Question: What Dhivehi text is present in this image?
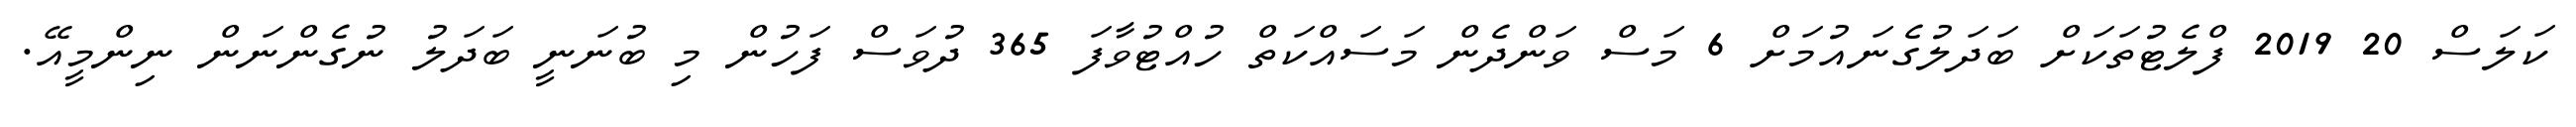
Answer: ކަލަސް 20 2019 ފްލެޓުތަކަށް ބަދަލުގެނައުމަށް 6 މަސް ވަންދެން މަސައްކަތް ހުއްޓުވާފަ 365 ދުވަސް ފަހުން މި ބުނަނީ ބަދަލު ނުގެންނަން ނިންމީއޭ.